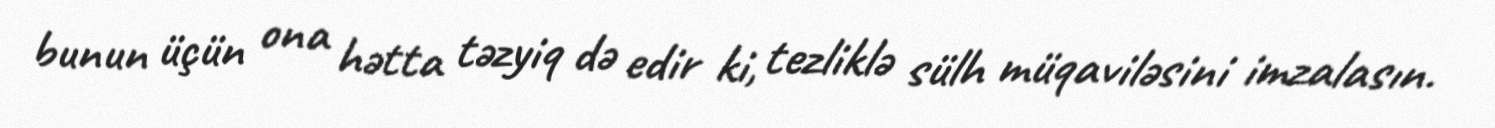
bunun üçün ona hətta təzyiq də edir ki, tezliklə sülh müqaviləsini imzalasın.